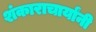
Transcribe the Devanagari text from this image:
शंकाराचार्यांनी